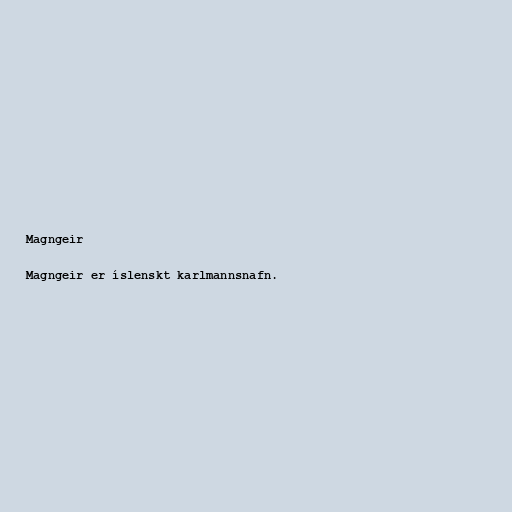
Magngeir

Magngeir er íslenskt karlmannsnafn.